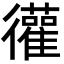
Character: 𫹩